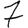
Digit: 7